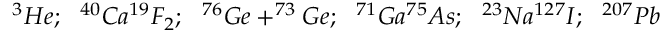
^ { 3 } H e ; ~ ~ ^ { 4 0 } C a ^ { 1 9 } F _ { 2 } ; ~ ~ ^ { 7 6 } G e + ^ { 7 3 } G e ; ~ ~ ^ { 7 1 } G a ^ { 7 5 } A s ; { } ~ ~ ^ { 2 3 } N a ^ { 1 2 7 } I ; ~ ~ ^ { 2 0 7 } P b